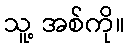
သူ့ အစ်ကို။